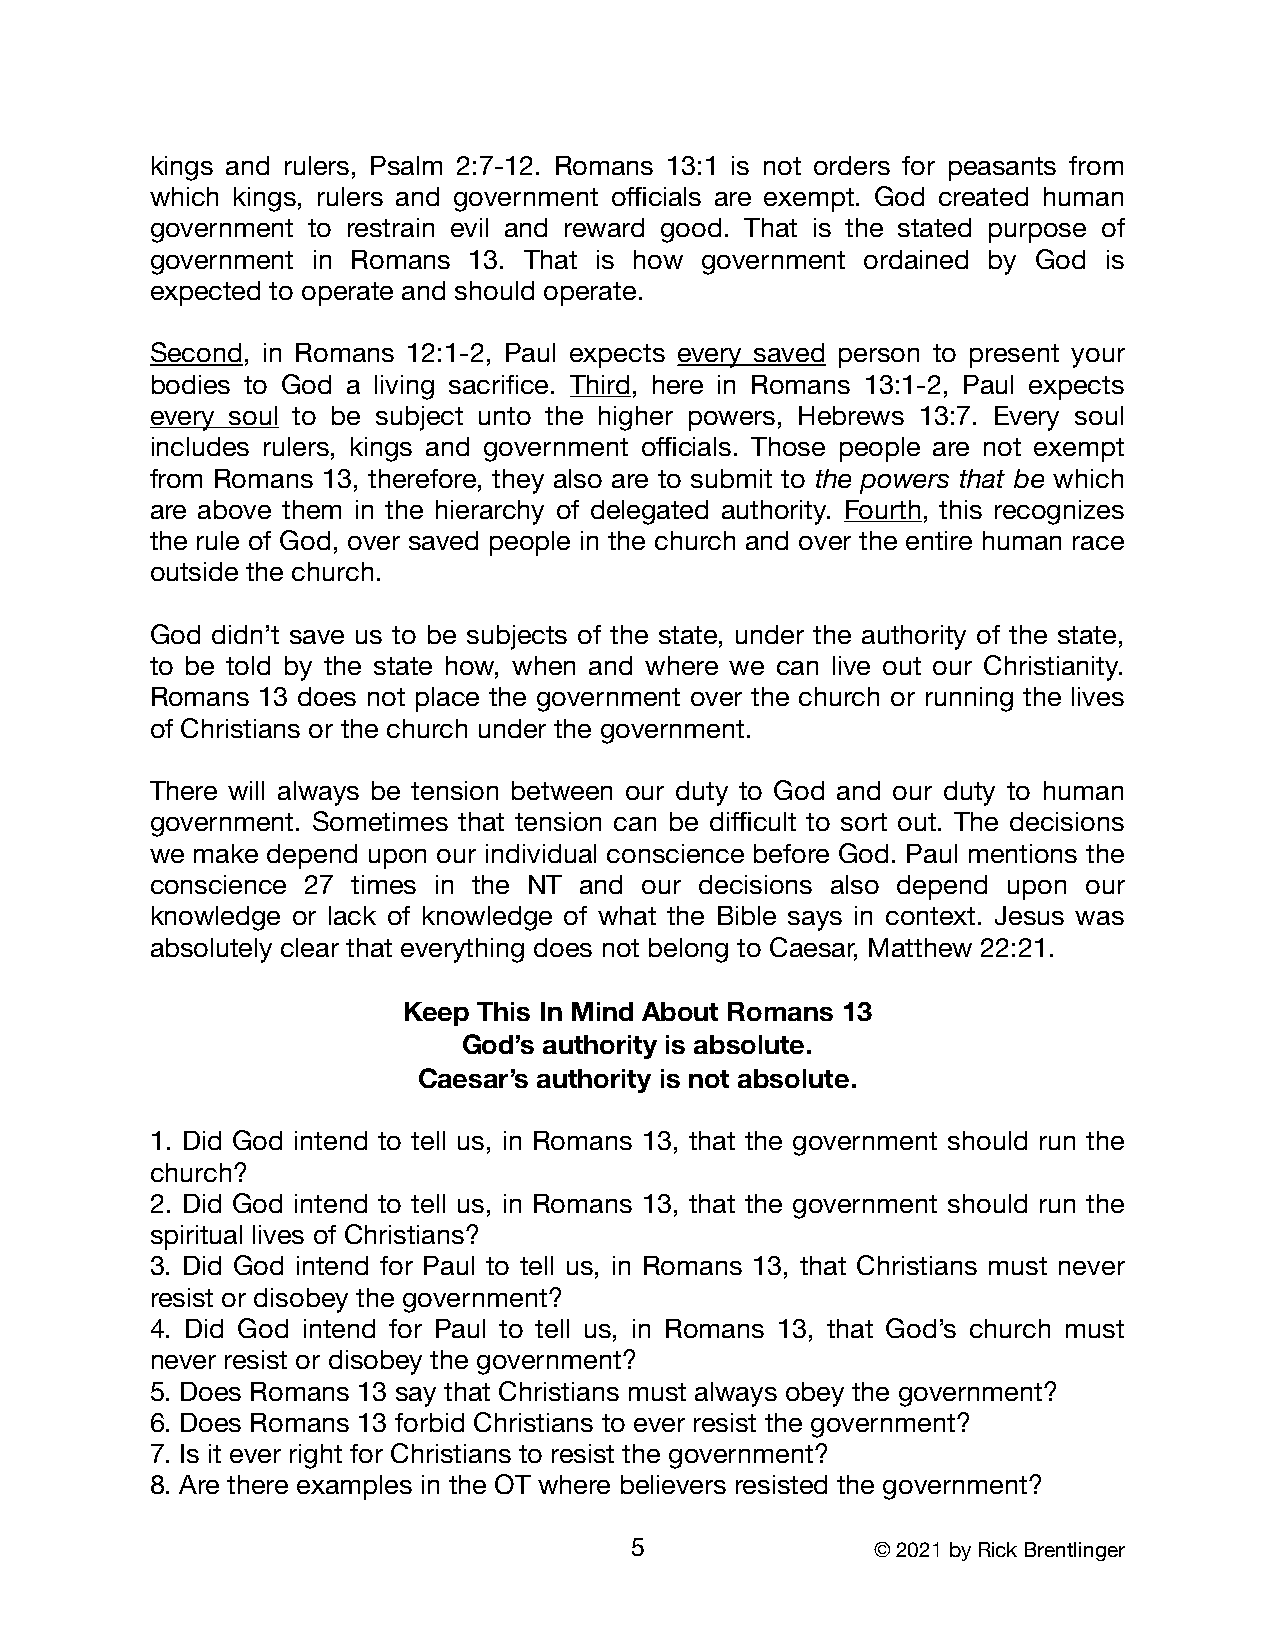
kings and rulers, Psalm 2:7-12. Romans 13:1 is not orders for peasants from
 which kings, rulers and government officials are exempt. God created human
 government to restrain evil and reward good. That is the stated purpose of
 government in Romans 13. That is how government ordained by God is
 expected to operate and should operate.
 Second, in Romans 12:1-2, Paul expects every saved person to present your
 bodies to God a living sacrifice. Third, here in Romans 13:1-2, Paul expects
 every soul to be subject unto the higher powers, Hebrews 13:7. Every soul
 includes rulers, kings and government officials. Those people are not exempt
 from Romans 13, therefore, they also are to submit to the powers that be which
 are above them in the hierarchy of delegated authority. Fourth, this recognizes
 the rule of God, over saved people in the church and over the entire human race
 outside the church.
 God didn’t save us to be subjects of the state, under the authority of the state,
 to be told by the state how, when and where we can live out our Christianity.
 Romans 13 does not place the government over the church or running the lives
 of Christians or the church under the government.
 There will always be tension between our duty to God and our duty to human
 government. Sometimes that tension can be difficult to sort out. The decisions
 we make depend upon our individual conscience before God. Paul mentions the
 conscience 27 times in the NT and our decisions also depend upon our
 knowledge or lack of knowledge of what the Bible says in context. Jesus was
 absolutely clear that everything does not belong to Caesar, Matthew 22:21.
 Keep This In Mind About Romans 13
 God’s authority is absolute.
 Caesar’s authority is not absolute.
 1. Did God intend to tell us, in Romans 13, that the government should run the
 church?
 2. Did God intend to tell us, in Romans 13, that the government should run the
 spiritual lives of Christians?
 3. Did God intend for Paul to tell us, in Romans 13, that Christians must never
 resist or disobey the government?
 4. Did God intend for Paul to tell us, in Romans 13, that God’s church must
 never resist or disobey the government?
 5. Does Romans 13 say that Christians must always obey the government?
 6. Does Romans 13 forbid Christians to ever resist the government?
 7. Is it ever right for Christians to resist the government?
 8. Are there examples in the OT where believers resisted the government?
 5               © 2021 by Rick Brentlinger